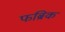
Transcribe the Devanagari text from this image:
फब्रिक